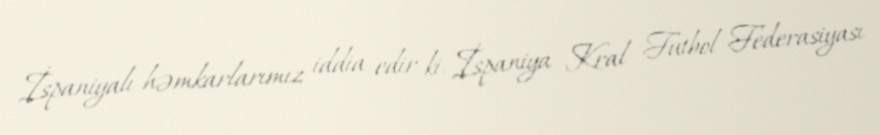
İspaniyalı həmkarlarımız iddia edir ki, İspaniya Kral Futbol Federasiyası